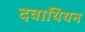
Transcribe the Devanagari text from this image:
दवायियन